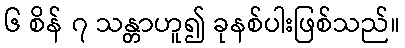
၆ စိန် ၇ သန္တာဟူ၍ ခုနစ်ပါးဖြစ်သည်။